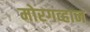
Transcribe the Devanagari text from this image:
मोरगव्हान